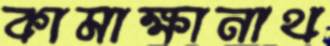
কামাক্ষানাথ